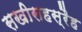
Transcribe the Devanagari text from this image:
सखीसहस्रैह